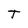
Character: T